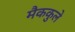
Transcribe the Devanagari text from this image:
मैककुले